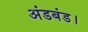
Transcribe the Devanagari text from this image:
अंडबंड।